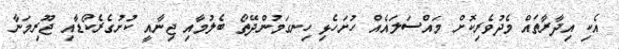
އެކި އިދާރާތައް މެދުވެރިކޮށް މައްސަލައެއް ހުށަހެޅި ހިނގަމުންދޭތޯ ބެލުމާއި ޖިނާއީ ކުށުގެރެކޯޑާއި ޖޫރިމަނާ